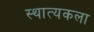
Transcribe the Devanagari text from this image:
स्थात्यकला